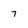
Character: 7